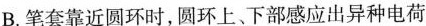
B.笔套靠近圆环时，圆环上、下部感应出异种电荷